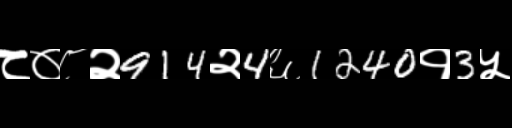
Text: ८०८२914२4६1240१3५